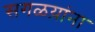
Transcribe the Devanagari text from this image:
सगळय़ांना